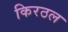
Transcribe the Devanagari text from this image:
किरठल